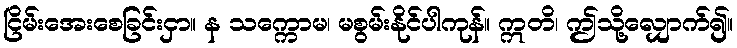
ငြိမ်းအေးစေခြင်းငှာ။ န သက္ကောမ၊ မစွမ်းနိုင်ပါကုန်။ ဣတိ၊ ဤသို့လျှောက်၍။